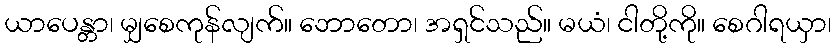
ယာပေန္တာ၊ မျှစေကုန်လျက်။ ဘောတော၊ အရှင်သည်။ မယံ၊ ငါတို့ကို။ စေဂါရယှာ၊